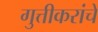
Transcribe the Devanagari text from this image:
गुत्तीकरांचे